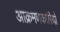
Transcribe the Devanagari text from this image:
आक्रमणकारियो